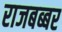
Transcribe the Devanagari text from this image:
राजबब्बर